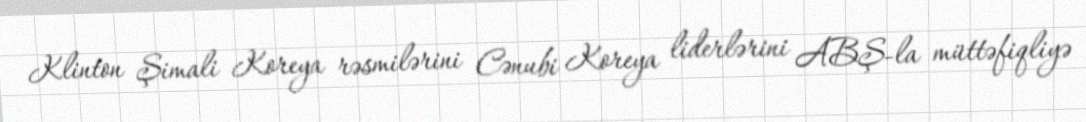
Klinton Şimali Koreya rəsmilərini Cənubi Koreya liderlərini ABŞ-la müttəfiqliyə